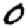
Digit: 0